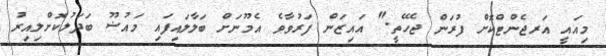
މިއައީ އަރޖެންޓްކޮށް ފުރަން ޖެހޭތީ." އައިޒަން ފަރުވާވެ އެމޫނަށް ބަލާލައިފައި މައުޟޫ ބަދަލުކޮށްލިއިރު